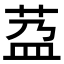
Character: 𦰆